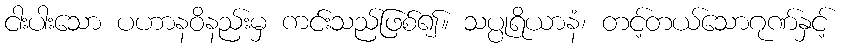
ငါးပါးသော ပဟာနဝိနည်းမှ ကင်းသည်ဖြစ်၍။ သပ္ပုရိယာနံ၊ တင့်တယ်သောဂုဏ်နှင့်